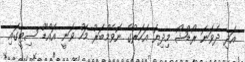
އަދި ދެވަނަ ރޯޑްޝޯ މިދިޔަ އަހަރުގެ ނޮވެމްބަރު މަހު ވަނީ އައްޑޫ ސިޓީގައި